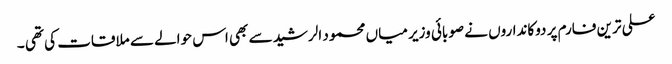
علی ترین فارم پر دوکانداروں نے صوبائی وزیر میاں محمود الرشید سے بھی اس حوالے سے ملاقات کی تھی ۔